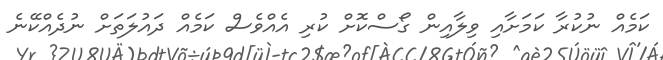
ކަމެއް ނުކުރާ ކަމަށާއި ވިލާއިން ގޯސްކޮށް ކުރި އެއްވެސް ކަމެއް ދައުލަތަށް ނުދެއްކޭނެ